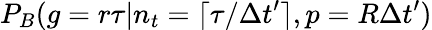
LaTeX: P_{B}(g=r\tau|n_{t}=\lceil\tau/\Delta t^{\prime}\rceil,p=R\Delta t^{\prime})